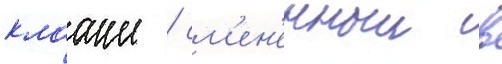
клааше / см'ен'енныи в